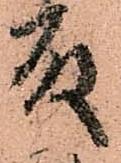
殿